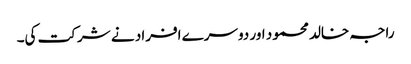
راجہ خالد محمود اور دوسرے افراد نے شرکت کی۔